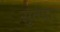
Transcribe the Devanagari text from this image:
सुतपाः